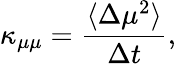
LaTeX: \kappa_{\mu\mu}=\frac{\langle\Delta\mu^{2}\rangle}{\Delta t},